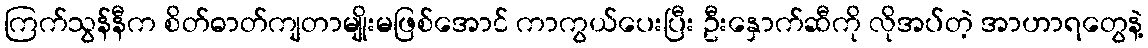
ကြက်သွန်နီက စိတ်ဓာတ်ကျတာမျိုးမဖြစ်အောင် ကာကွယ်ပေးပြီး ဦးနှောက်ဆီကို လိုအပ်တဲ့ အာဟာရတွေနဲ့